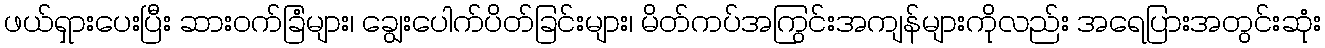
ဖယ်ရှားပေးပြီး ဆားဝက်ခြံများ၊ ချွေးပေါက်ပိတ်ခြင်းများ၊ မိတ်ကပ်အကြွင်းအကျန်များကိုလည်း အရေပြားအတွင်းဆုံး